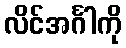
လိင်အင်္ဂါကို